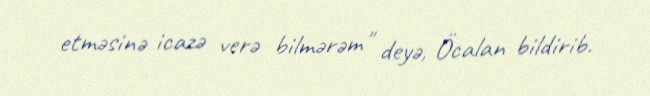
etməsinə icazə verə bilmərəm" deyə, Öcalan bildirib.